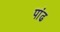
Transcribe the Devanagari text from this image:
पांढ